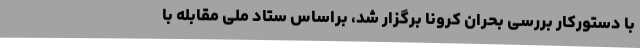
با دستورکار بررسی بحران کرونا برگزار شد، براساس ستاد ملی مقابله با